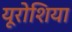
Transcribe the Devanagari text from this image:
यूरोशिया